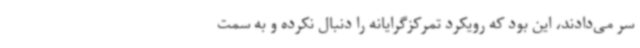
سر می‌دادند، این بود که رویکرد تمرکزگرایانه را دنبال نکرده و به سمت